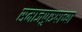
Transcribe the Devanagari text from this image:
समाजपुरुषाच्या